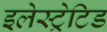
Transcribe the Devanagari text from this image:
इलेस्‍ट्रेटिड